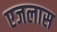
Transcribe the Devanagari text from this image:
एजलास